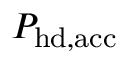
P _ { \mathrm { h d , a c c } }